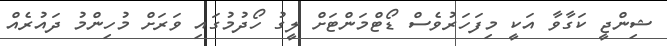
ޝިންޖީ ކަގާވާ އަކީ މިފަހަރުވެސް ޑޯޓްމަންޓަށް ލީގު ހޯދުމުގައި ވަރަށް މުހިންމު ދައުރެއް